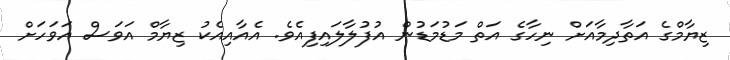
ޒިޔާމްގެ އަތާދިމާއަށް ނިހާގެ އަތް މަޑުމަޑުން އުފުލާލައިފިއެވެ. އެއާއިއެކު ޒިޔާމް އަވަސް އަވަހަށް